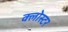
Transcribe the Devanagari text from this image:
क्लोस्टर